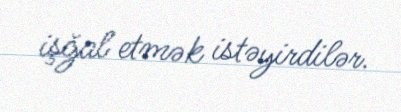
işğal etmək istəyirdilər.